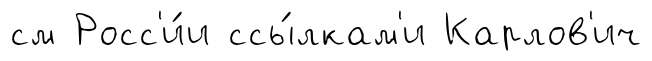
см Росс'и́и ссы́лкам'и Карлов'ич